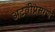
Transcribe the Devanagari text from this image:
अटवीप्रमाणे